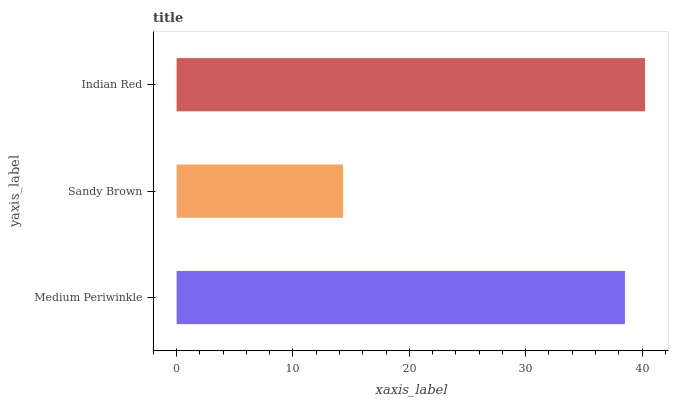
| yaxis_label | bars |
 | --- | --- |
 | Medium Periwinkle | 38.5 |
 | Sandy Brown | 14.3 |
 | Indian Red | 40.3 |